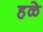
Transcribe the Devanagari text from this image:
हळे